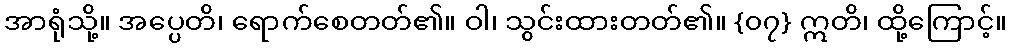
အာရုံသို့။ အပ္ပေတိ၊ ရောက်စေတတ်၏။ ဝါ၊ သွင်းထားတတ်၏။ {၀၇} ဣတိ၊ ထို့ကြောင့်။